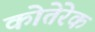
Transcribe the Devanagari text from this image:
कोतेरेक